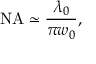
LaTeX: { \mathrm { N A } } \simeq { \frac { \lambda _ { 0 } } { \pi w _ { 0 } } } ,